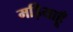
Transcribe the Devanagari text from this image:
मड़ियाहूँ